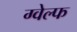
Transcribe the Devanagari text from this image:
ग्वेल्फ